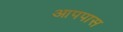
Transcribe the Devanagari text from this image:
आपपास